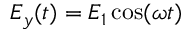
E _ { y } ( t ) = { E _ { 1 } } \cos ( \omega t )